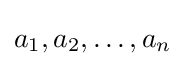
a_{1},a_{2},\dots ,a_{n}